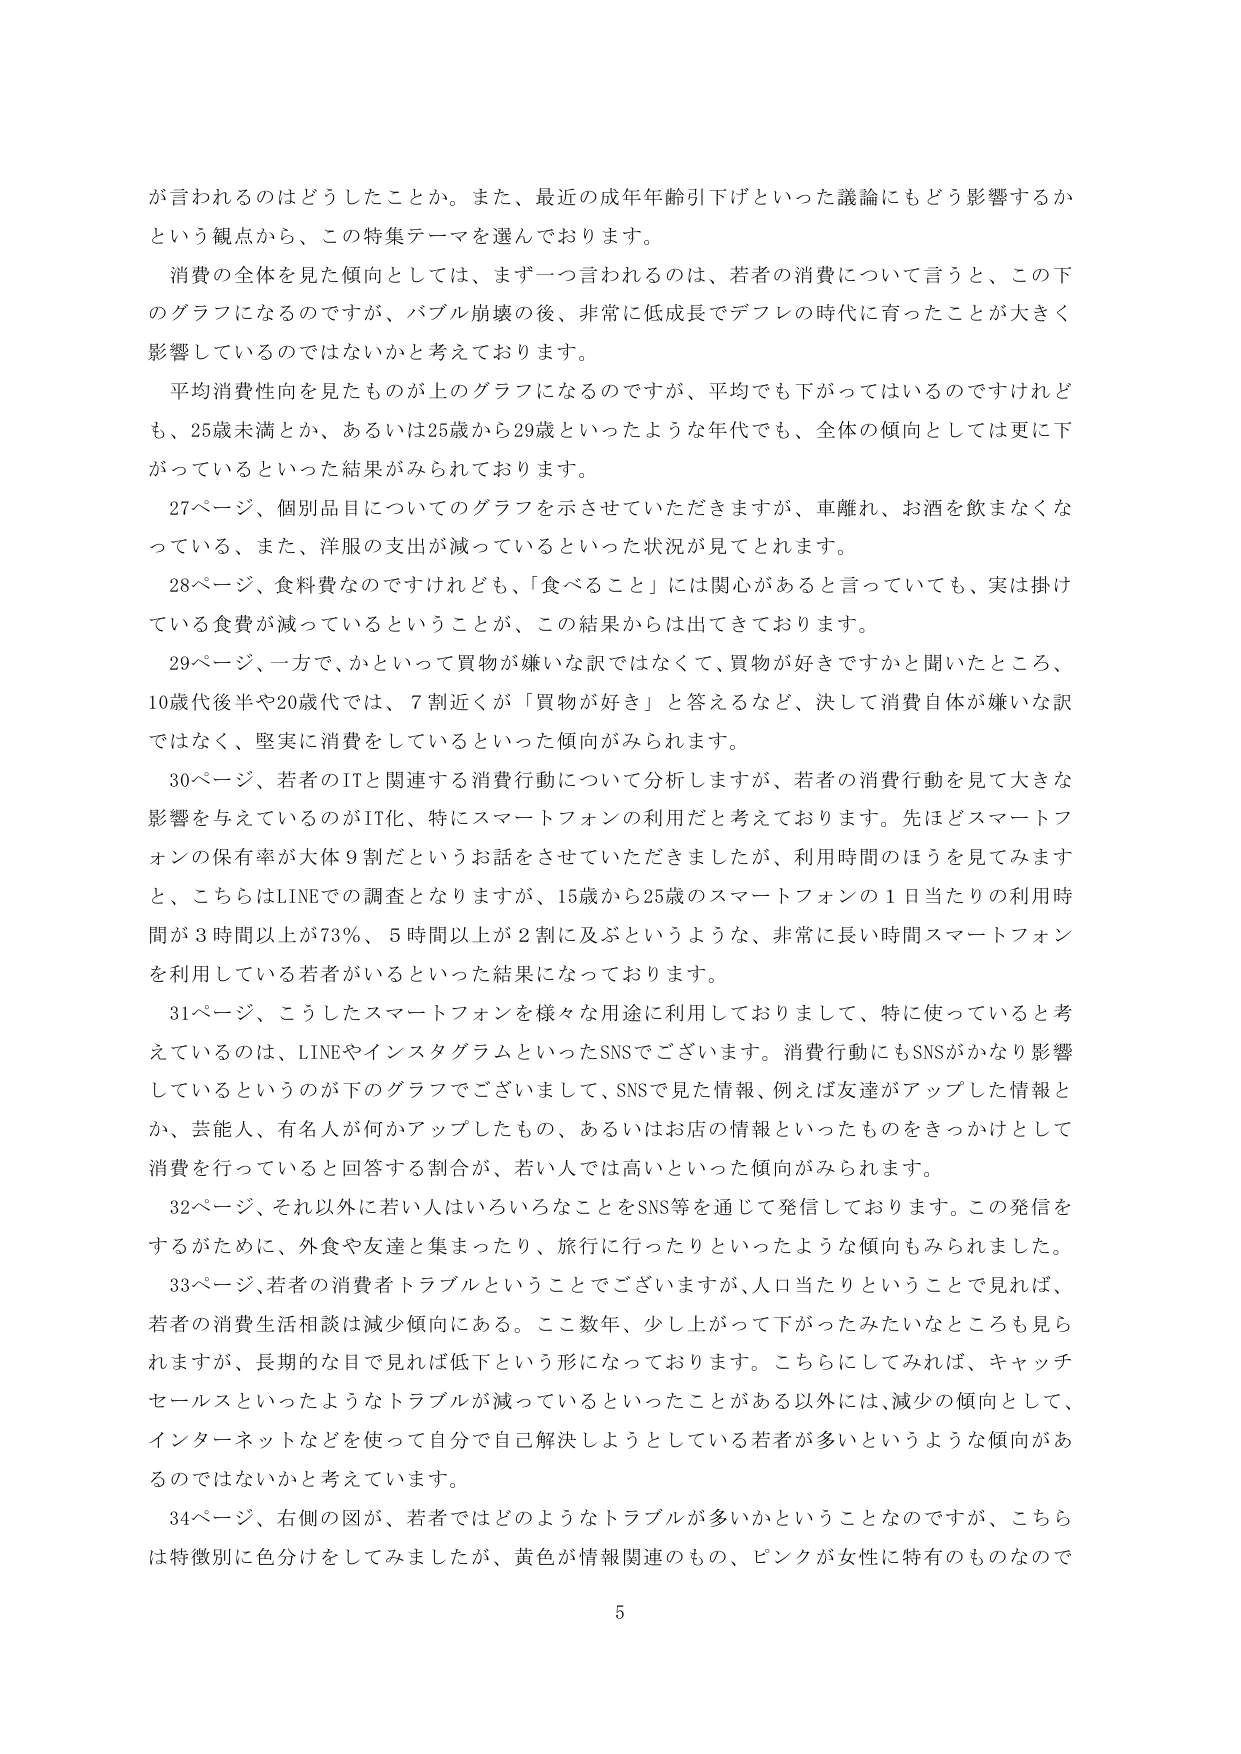
が言われるのはどうしたことか。また、最近の成年年齢引下げといった議論にもどう影響するかという観点から、この特集テーマを選んでおります。

消費の全体を見た傾向としては、まず一つ言われるのは、若者の消費について言うと、この下のグラフになるのですが、バブル崩壊の後、非常に低成長でデフレの時代に育ったことが大きく影響しているのではないかと考えております。

平均消費性向を見たものが上のグラフになるのですが、平均でも下がってはいるのですけれども、25歳未満とか、あるいは25歳から29歳といったような年代でも、全体の傾向としては更に下がっているといった結果がみられております。

27ページ、個別品目についてのグラフを示させていただきますが、車離れ、お酒を飲まなくなっている、また、洋服の支出が減っているといった状況が見てとれます。

28ページ、食料費なのですがけれども、「食べること」には関心があると言っていても、実は掛けている食費が減っているということが、この結果からは出てきております。

29ページ、一方で、かといって買物が嫌いな訳ではなくて、買物が好きですかと聞いたところ、10歳代後半や20歳代では、7割近くが「買物が好き」と答えるなど、決して消費自体が嫌いな訳ではなく、堅実に消費をしているといった傾向がみられます。

30ページ、若者のITと関連する消費行動について分析しますが、若者の消費行動を見て大きな影響を与えているのがIT化、特にスマートフォンの利用だと考えております。先ほどスマートフォンの保有率が大体9割だというお話をさせていただきましたが、利用時間のほうを見てみますと、こちらはLINEでの調査となりますが、15歳から25歳のスマートフォンの1日当たりの利用時間が3時間以上が73％、5時間以上が2割に及ぶというような、非常に長い時間スマートフォンを利用している若者がいるといった結果になっております。

31ページ、こうしたスマートフォンを様々な用途に利用しておりまして、特に使っていると考えているのは、LINEやインスタグラムといったSNSでございます。消費行動にもSNSがかなり影響しているというのが下のグラフでございまして、SNSで見た情報、例えば友達がアップした情報とか、芸能人、有名人が何かアップしたもの、あるいはお店の情報といったものをきっかけとして消費を行っていると回答する割合が、若い人では高いといった傾向がみられます。

32ページ、それ以外に若い人はいろいろなことをSNS等を通じて発信しております。この発信をするがために、外食や友達と集まったり、旅行に行ったりといったような傾向もみられました。

33ページ、若者の消費者トラブルということでございますが、人口当たりということで見れば、若者の消費生活相談は減少傾向にある。ここ数年、少し上がって下がったみたいなところも見られますが、長期的な目で見れば低下という形になっております。こちらにしてみれば、キャッチセールスといったようなトラブルが減っているといったことがある以外には、減少の傾向として、インターネットなどを使って自分で自己解決しようとしている若者が多いというような傾向があるのではないかと考えています。

34ページ、右側の図が、若者ではどのようなトラブルが多いかということなのですが、こちらは特徴別に色分けをしてみましたが、黄色が情報関連のもの、ピンクが女性に特有のものなので

5